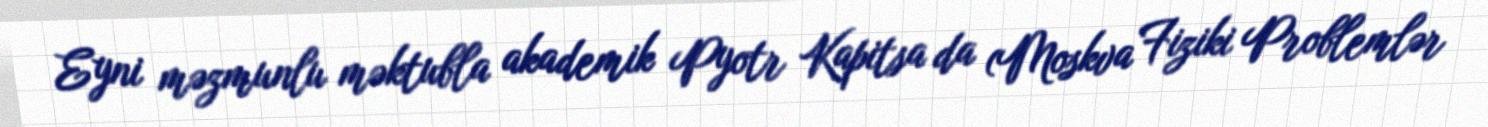
Eyni məzmunlu məktubla akademik Pyotr Kapitsa da (Moskva Fiziki Problemlər